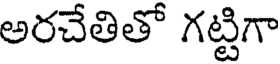
అరచేతితో గట్టిగా